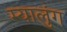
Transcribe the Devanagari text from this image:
म्यालुंग